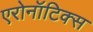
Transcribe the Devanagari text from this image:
एरोनॉटिक्‍स